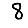
Digit: 8